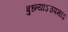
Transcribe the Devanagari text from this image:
बुध्न्याऽउपमाऽ